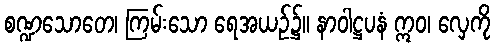
စဏ္ဍသောတေ၊ ကြမ်းသော ရေအယဉ်၌။ နာဝါဋ္ဌပနံ ဣဝ၊ လှေကို